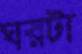
ঘরটা